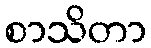
စာသိတာ